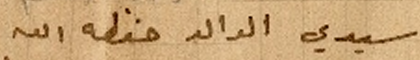
سيدي الوالد حفظه الله